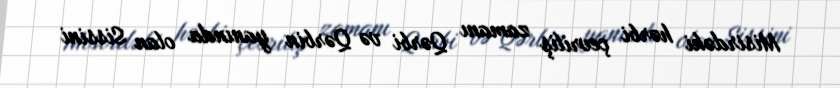
Misirdəki hərbi çevriliş zamanı Qərbi və Qərbin yanında olan Sissini